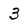
Character: 3